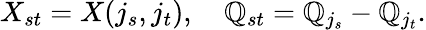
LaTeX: X_{st}=X(j_{s},j_{t}),\ \ \ \ \mathbb{Q}_{st}=\mathbb{Q}_{j_{s}}-\mathbb{Q}_{j_{t}}.